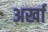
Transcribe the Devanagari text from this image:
अर्खा